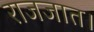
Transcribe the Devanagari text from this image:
राजजात।